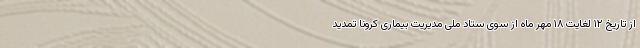
از تاریخ ۱۲ لغایت ۱۸ مهر ماه از سوی ستاد ملی مدیریت بیماری کرونا تمدید